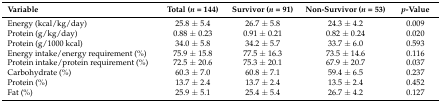
| Variable | Total (n = 144) | Survivor (n = 91) | Non-Survivor (n = 53) | p-Value |
 | --- | --- | --- | --- | --- |
 | Energy (kcal/kg/day) | 25.8 ± 5.4 | 26.7 ± 5.8 | 24.3 ± 4.2 | 0.009 |
 | Protein (g/kg/day) | 0.88 ± 0.23 | 0.91 ± 0.21 | 0.82 ± 0.24 | 0.020 |
 | Protein (g/1000 kcal) | 34.0 ± 5.8 | 34.2 ± 5.7 | 33.7 ± 6.0 | 0.593 |
 | Energy intake/energy requirement (%) | 75.9 ± 15.8 | 77.5 ± 16.3 | 73.5 ± 14.6 | 0.116 |
 | Protein intake/protein requirement (%) | 72.5 ± 20.6 | 75.3 ± 20.1 | 67.9 ± 20.7 | 0.037 |
 | Carbohydrate (%) | 60.3 ± 7.0 | 60.8 ± 7.1 | 59.4 ± 6.5 | 0.237 |
 | Protein (%) | 13.7 ± 2.4 | 13.7 ± 2.4 | 13.5 ± 2.4 | 0.452 |
 | Fat (%) | 25.9 ± 5.1 | 25.4 ± 5.4 | 26.7 ± 4.2 | 0.127 |